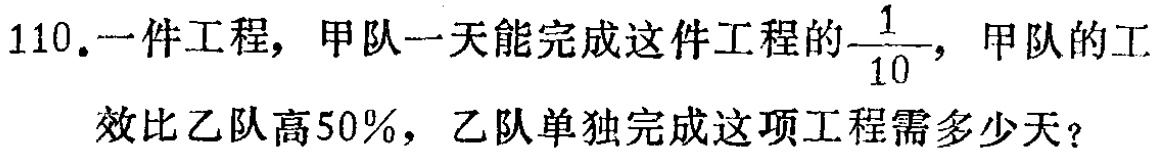
110.一件工程，甲队一天能完成这件工程的$\frac{1}{10}$，甲队的工效比乙队高50%，乙队单独完成这项工程需多少天？